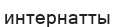
интернатты